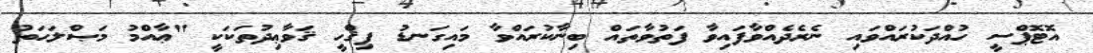
އޮޓޮޕްސީ ހުއްދަކުރައްވައި ނެރެދެއްވާފައިވާ ފަތުވާތައް ބިނާކުރައްވާ މައިގަނޑު ފިޤްހީ ޤަވާޢިދުތަކަކީ "ޢާއްމު މަޞްލަޙަތު